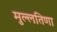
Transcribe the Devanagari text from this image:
मुल्लतिणा